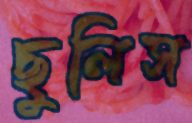
ছুলিস